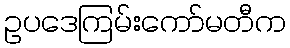
ဥပဒေကြမ်းကော်မတီက